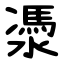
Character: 㵗